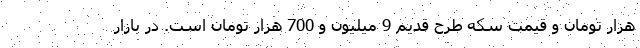
هزار تومان و قیمت سکه طرح قدیم 9 میلیون و 700 هزار تومان است. در بازار